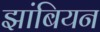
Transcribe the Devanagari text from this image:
झांबियन